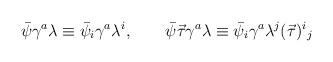
LaTeX: \begin{align*}\bar{\psi}\gamma^a\lambda\equiv\bar{\psi}_i\gamma^a\lambda^i,\qquad \bar{\psi}\vec{\tau}\gamma^a\lambda\equiv\bar{\psi}_i\gamma^a\lambda^j(\vec{\tau})^i{}_j\end{align*}